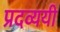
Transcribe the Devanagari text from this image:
प्रदव्ययी